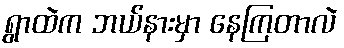
ရွာထဲက ဘယ်နားမှာ နေကြတာလဲ